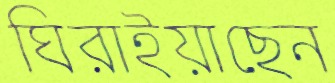
ঘিরাইয়াছেন